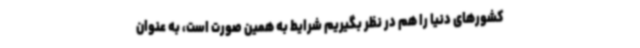
کشورهای دنیا را هم در نظر بگیریم شرایط به همین صورت است، به عنوان